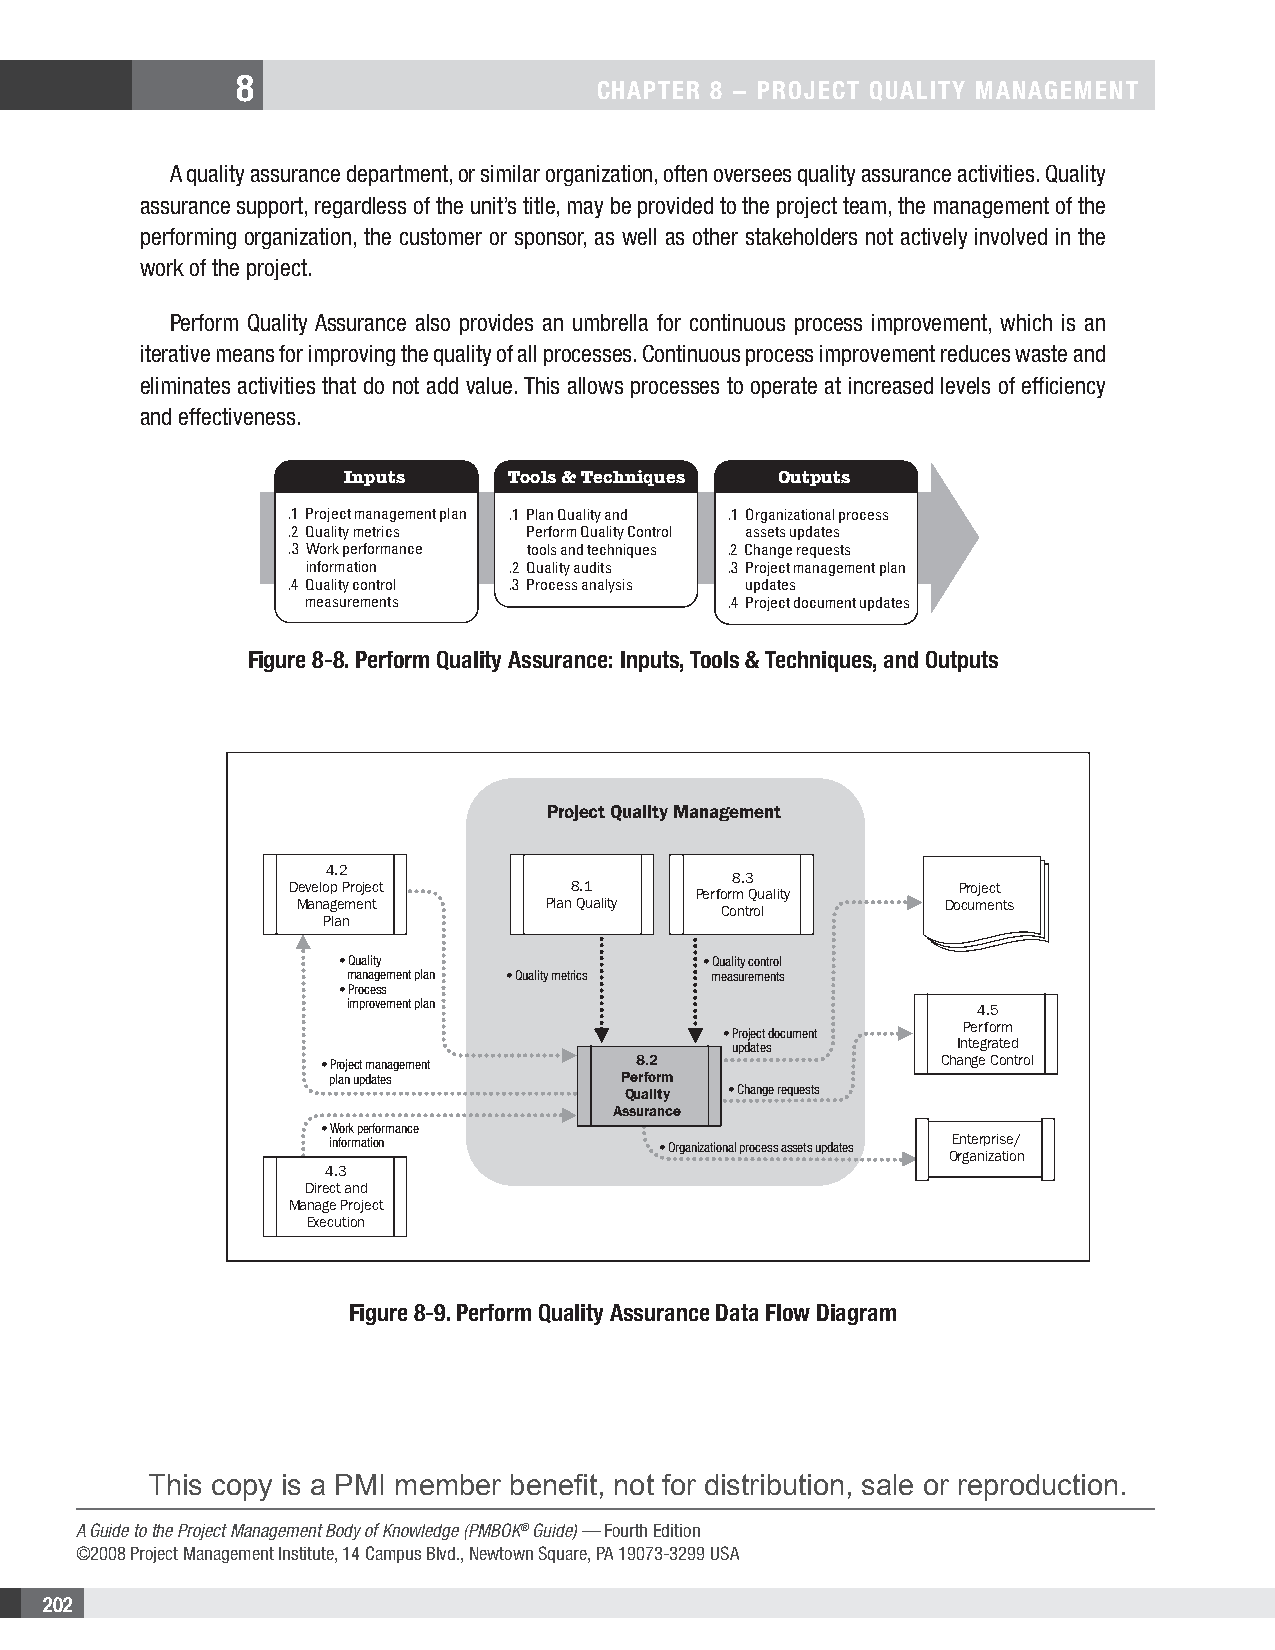
8
 CHAPTER 8 − PRojECT QuAliTy MAnAgEMEnT
 A quality assurance department, or similar organization, often oversees quality assurance activities. Quality
 assurance support, regardless of the unit’s title, may be provided to the project team, the management of the
 performing organization, the customer or sponsor, as well as other stakeholders not actively involved in the
 work of the project.
 Perform Quality Assurance also provides an umbrella for continuous process improvement, which is an
 iterative means for improving the quality of all processes. Continuous process improvement reduces waste and
 eliminates activities that do not add value. This allows processes to operate at increased levels of efficiency
 and effectiveness.
 Inputs     Tools & Techniques Outputs
 .1 Project management plan .1 Plan Quality and .1 Organizational process
 .2 Quality metrics Perform Quality Control assets updates
 .3 Work performance tools and techniques .2 Change requests
 information   .2 Quality audits .3 Project management plan
 .4 Quality control .3 Process analysis updates
 measurements                .4 Project document updates
 Figure 8-8. Perform Quality Assurance: inputs, Tools & Techniques, and outputs
 Project Quality Management
 4.2
 8.3
 Develop Project    8.1     Perform Quality   Project
 Management      Plan Quality Control       Documents
 Plan
 • Quality               • Quality control
 management plan • Quality metrics measurements
 • Process
 improvement plan                          4.5
 Perform
 • Project document
 updates        Integrated
 • Project management 8.2                 Change Control
 plan updates       Perform
 Quality • Change requests
 Assurance
 • Work performance
 information           • Organizational process assets updates Enterprise/
 Organization
 4.3
 Direct and
 Manage Project
 Execution
 Figure 8-9. Perform Quality Assurance Data Flow Diagram
 This copy is a PMI member benefit, not for distribution, sale or reproduction.
 A Guide to the Project Management Body of Knowledge (PMBOK® Guide) — Fourth Edition
 ©2008 Project Management Institute, 14 Campus Blvd., Newtown Square, PA 19073-3299 USA
 202